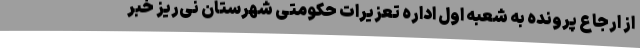
از ارجاع پرونده به شعبه اول اداره تعزیرات حکومتی شهرستان نی‌ریز خبر